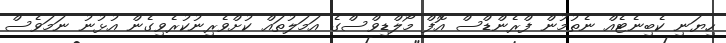
ހިޔަނި ކެބިނެޓެއް ނެތުމުން ފްރެންޑްސް އޮފް މޯލްޑިވްސްގެ އަމަލުތައް ކުށްވެރިނުކުރެވިގެން އުޅުނު ނަމަވެސް